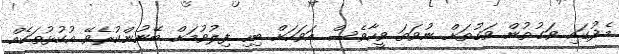
މެދުގައި ވަގުތުން ވަގުތަށް ނުވަތަ ވީހާވެސް އަވަހަށް ބިހި ފިލުވުމަށް ބޭނުންކުރެވޭ އުކުޅުތަކެއް